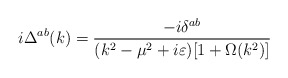
\begin{align*}i\Delta ^{ab}(k)=\frac{-i\delta ^{ab}}{(k^2-\mu ^2+i\varepsilon )[1+\Omega(k^2)]}\end{align*}